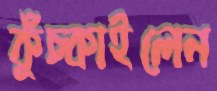
কুঁচ্‌কাইলেন